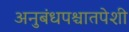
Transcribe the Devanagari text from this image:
अनुबंधपश्चातपेशी